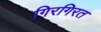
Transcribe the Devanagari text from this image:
गिरगिरत